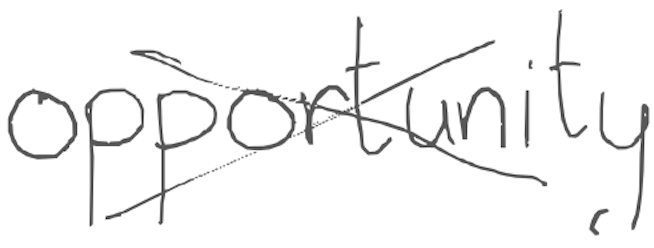
Text: opportunity
Cross-out: cross
Writing tool: digital_gray